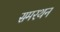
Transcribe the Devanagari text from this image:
समरथन